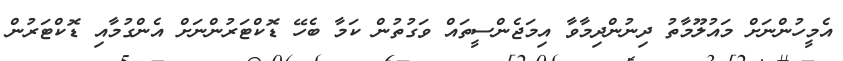
އެމީހުންނަށް މައުލޫމާތު ދިނުންދިމާވާ އިމަޖެންސީތައް ވަގުތުން ކަމާ ބެހޭ ޑޮކްޓަރުންނަށް އެންގުމާއި ޑޮކްޓަރުން